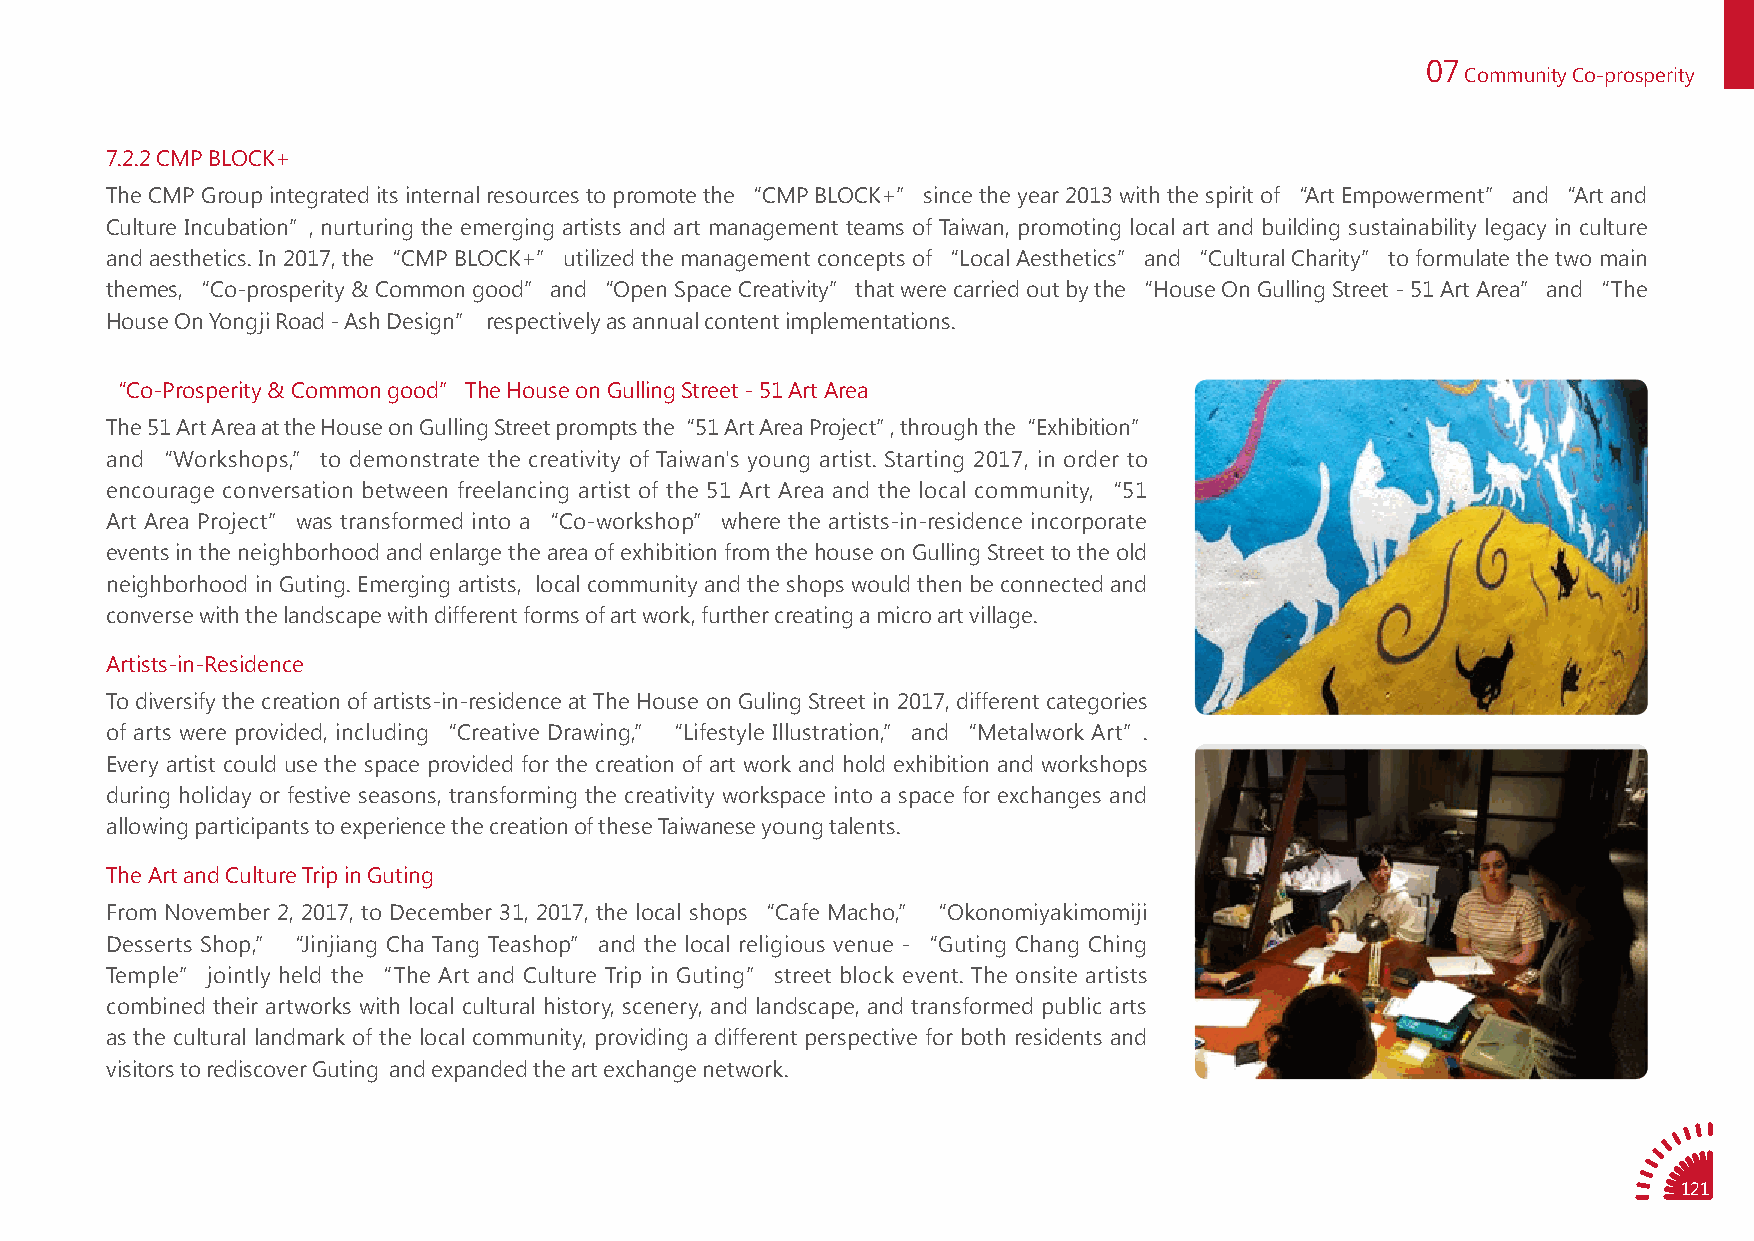
07
 Community Co-prosperity
 7.2.2 CMP BLOCK+
 The CMP Group integrated its internal resources to promote the “CMP BLOCK+” since the year 2013 with the spirit of “Art Empowerment” and “Art and
 Culture Incubation”, nurturing the emerging artists and art management teams of Taiwan, promoting local art and building sustainability legacy in culture
 and aesthetics. In 2017, the “CMP BLOCK+” utilized the management concepts of “Local Aesthetics” and “Cultural Charity” to formulate the two main
 themes, “Co-prosperity & Common good” and “Open Space Creativity” that were carried out by the “House On Gulling Street - 51 Art Area” and “The
 House On Yongji Road - Ash Design” respectively as annual content implementations.
 “Co-Prosperity & Common good” The House on Gulling Street - 51 Art Area
 The 51 Art Area at the House on Gulling Street prompts the“ 51 Art Area Project”, through the“ Exhibition”
 and “Workshops,” to demonstrate the creativity of Taiwan's young artist. Starting 2017, in order to
 encourage conversation between freelancing artist of the 51 Art Area and the local community, “51
 Art Area Project” was transformed into a “Co-workshop” where the artists-in-residence incorporate
 events in the neighborhood and enlarge the area of exhibition from the house on Gulling Street to the old
 neighborhood in Guting. Emerging artists, local community and the shops would then be connected and
 converse with the landscape with different forms of art work, further creating a micro art village.
 Artists-in-Residence
 To diversify the creation of artists-in-residence at The House on Guling Street in 2017, different categories
 of arts were provided, including “Creative Drawing,” “Lifestyle Illustration,” and “Metalwork Art”.
 Every artist could use the space provided for the creation of art work and hold exhibition and workshops
 during holiday or festive seasons, transforming the creativity workspace into a space for exchanges and
 allowing participants to experience the creation of these Taiwanese young talents.
 The Art and Culture Trip in Guting
 From November 2, 2017, to December 31, 2017, the local shops “Cafe Macho,” “Okonomiyakimomiji
 Desserts Shop,” “Jinjiang Cha Tang Teashop” and the local religious venue - “Guting Chang Ching
 Temple” jointly held the “The Art and Culture Trip in Guting” street block event. The onsite artists
 combined their artworks with local cultural history, scenery, and landscape, and transformed public arts
 as the cultural landmark of the local community, providing a different perspective for both residents and
 visitors to rediscover Guting and expanded the art exchange network.
 121